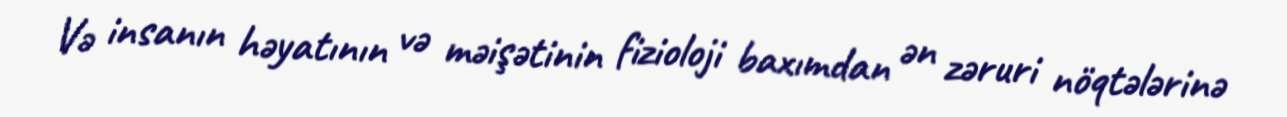
Və insanın həyatının və məişətinin fizioloji baxımdan ən zəruri nöqtələrinə